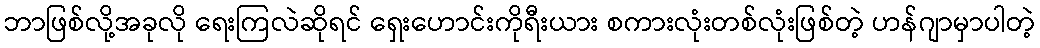
ဘာဖြစ်လို့အခုလို ရေးကြလဲဆိုရင် ရှေးဟောင်းကိုရီးယား စကားလုံးတစ်လုံးဖြစ်တဲ့ ဟန်ဂျာမှာပါတဲ့